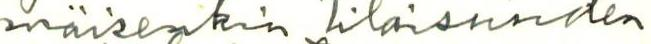
mäisenkin tilaisuuden